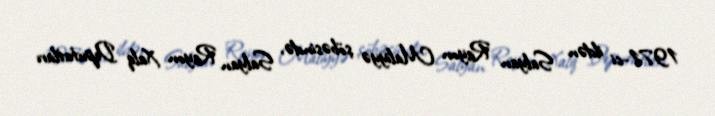
1971-ci ildən Salyan Rayon Maliyyə şöbəsində, Salyan Rayon Xalq Deputatları